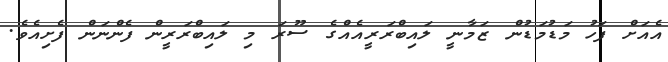
އެއަށް ފަހު މަޑުމަޑުން ޒަމާނީ ލައިބްރަރީއެއްގެ ސޫރަ މި ލައިބްރަރީން ފެންނަން ފެށިއެވެ.